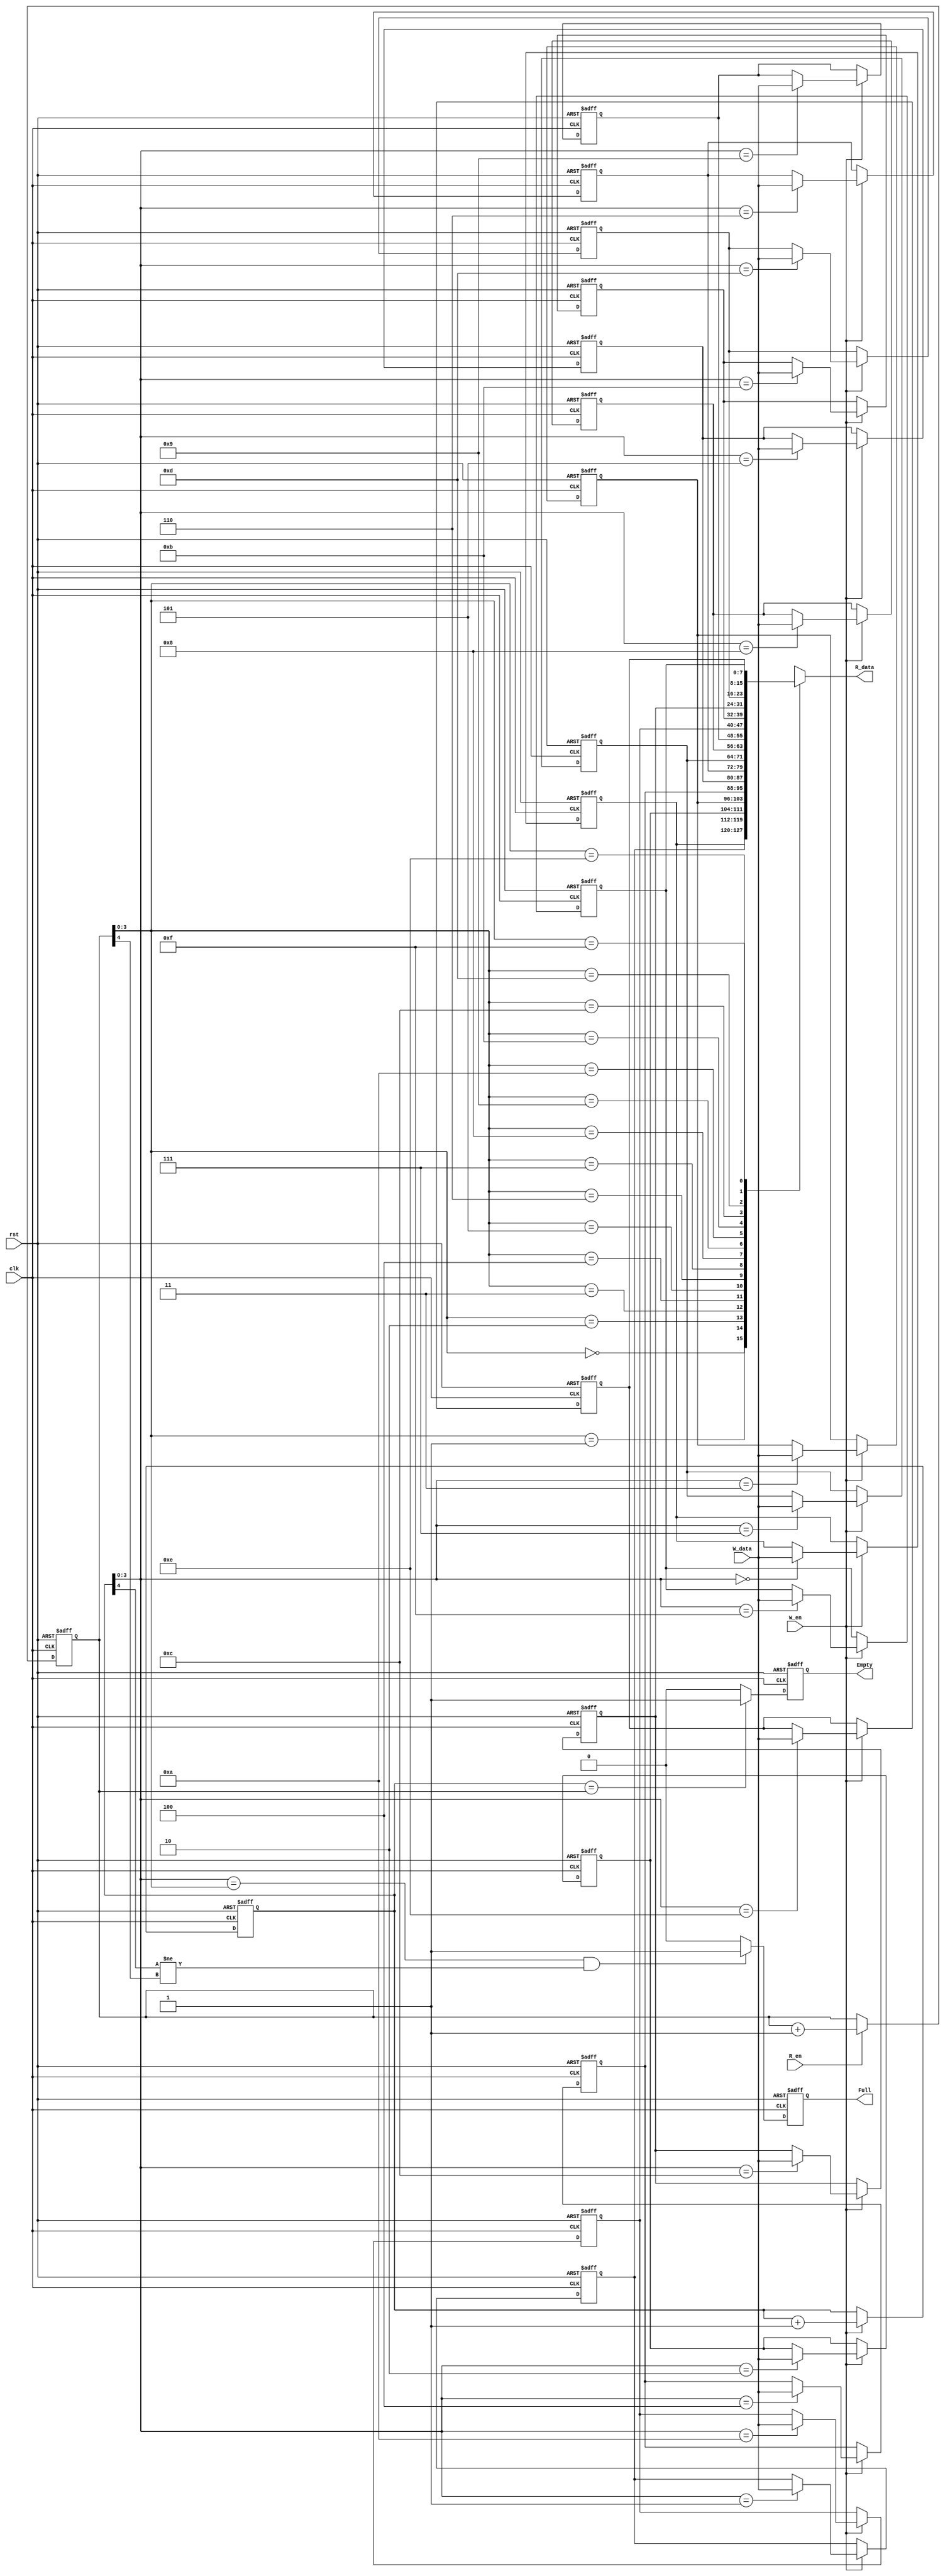
`timescale 1ns / 1ps

module FIFO(
	input wire clk,
	input wire rst,
	
	input wire W_en,
	input wire R_en,
	
	input  wire [7:0] W_data,
	output wire [7:0] R_data,
	
	output reg Empty,
	output reg Full
	/*
	output reg [4:0] W_Ptr,
	output reg [4:0] R_Ptr
 	*/

);
	parameter FIFO_WIDTH = 8;	//8bit
	parameter FIFO_DEPTH = 16;	//16byte

	reg [4:0] W_Ptr;
	reg [4:0] R_Ptr;

	
	always @(posedge clk or negedge rst) begin //Pointer cnt
		if(rst == 1'b0) begin
			W_Ptr <= 5'b0_0000;
			R_Ptr <= 5'b0_0000;
		end else begin
			if (W_en == 1'b1) W_Ptr <= W_Ptr + 1;
			if (R_en == 1'b1) R_Ptr <= R_Ptr + 1;
		end
	end
	
	reg [FIFO_WIDTH - 1:0] mem [0:FIFO_DEPTH - 1];
	
	integer i;
	always @(posedge clk or negedge rst) begin
		if (rst == 1'b0) begin
			for(i = 0; i < FIFO_DEPTH; i = i + 1)
				mem[i] <= 8'b0000_0000;
		end else begin
			if(W_en == 1'b1) mem[W_Ptr[3:0]] <= W_data; //mem write
		end 
	end
	
	assign R_data = mem[R_Ptr[3:0]]; //mem read

	always @(posedge clk or negedge rst) begin	// Full and Empty check
		if(rst == 1'b0) begin
			Empty = 0;
			Full = 0;
		end else begin
			if(W_Ptr == R_Ptr) Empty = 1'b1;
			else 			   Empty = 1'b0;
			
			if((W_Ptr[3:0] == R_Ptr[3:0]) && (W_Ptr[4] != R_Ptr[4]))
				 Full = 1'b1;
			else Full = 1'b0;													
		end
		
	
	
	end

endmodule